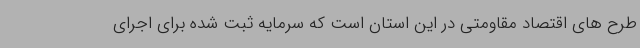
طرح های اقتصاد مقاومتی در این استان است که سرمایه ثبت شده برای اجرای